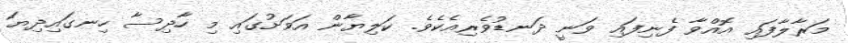
މަރާލާފައި އޮއްވާ ފެނިފައި ވަނީ ދަނޑުވެރިއެކެވެ. ކަލިޔާން އަވަށުގައި މި ހާދިސާ ހިނގައިދިޔަ